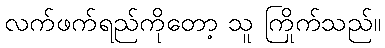
လက်ဖက်ရည်ကိုတော့ သူ ကြိုက်သည်။